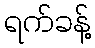
ရက်ခန့်